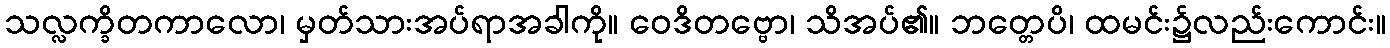
သလ္လက္ခိတကာလော၊ မှတ်သားအပ်ရာအခါကို။ ဝေဒိတဗ္ဗော၊ သိအပ်၏။ ဘတ္တေပိ၊ ထမင်း၌လည်းကောင်း။